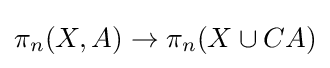
\pi _{n}(X,A)\to \pi _{n}(X\cup CA)